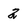
Character: 2